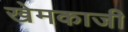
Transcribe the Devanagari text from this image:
खेमकाजी